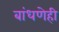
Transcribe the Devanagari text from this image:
बांधणेही